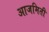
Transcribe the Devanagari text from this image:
आजमिती